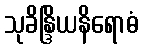
သုခိန္ဒြိယနိရောဓံ